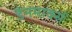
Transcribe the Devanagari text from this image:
डैनमार्क्स